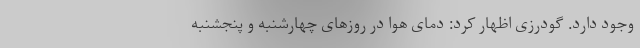
وجود دارد. گودرزی اظهار کرد: دمای هوا در روزهای چهارشنبه و پنجشنبه